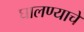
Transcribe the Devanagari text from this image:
घालण्‍याचे